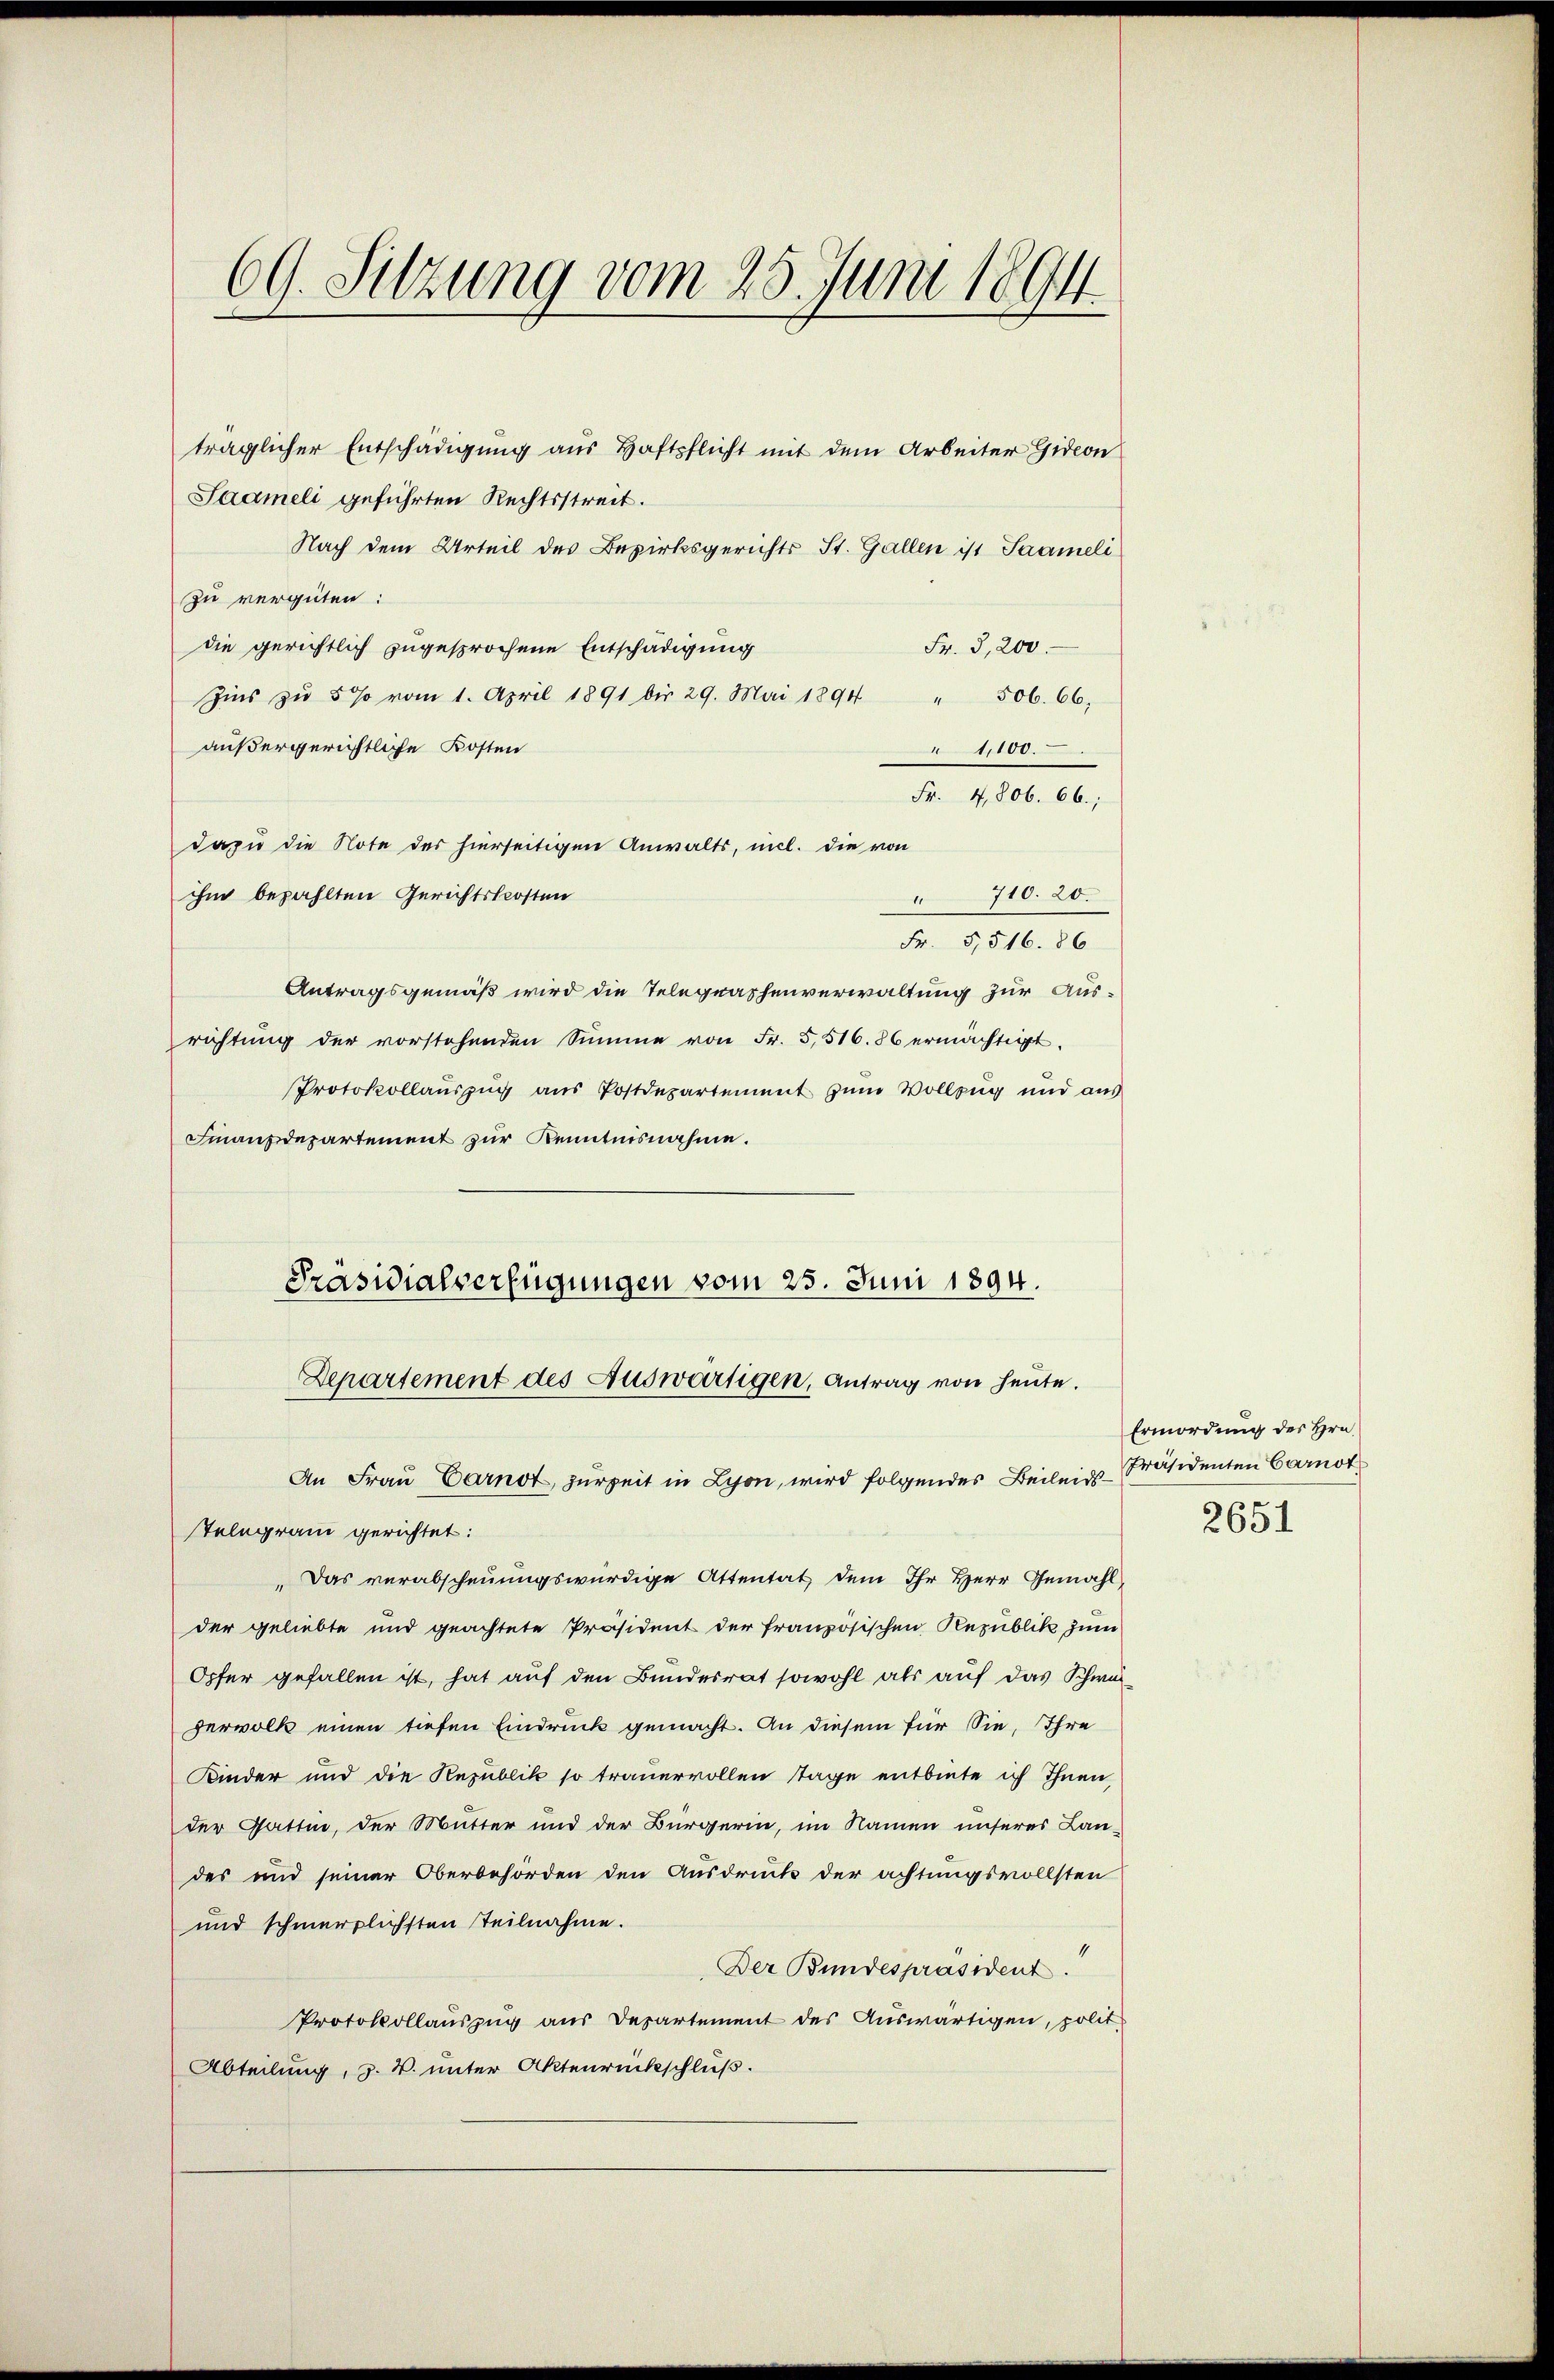
69. Sitzung vom 25. Juni 1894

träglicher Entschädigung aus Haftpflicht mit dem Arbeiter Gideon
Saameli geführten Rechtsstreit.
Nach dem Urteil des Bezirksgerichts St. Gallen ist Saameli
zu vergüten:
die gerichtlich zugesprochene Entschädigung
Zins zŭ 5% vom 1. April 1891 bis 29. Mai 1894 " 506. 66,
außergerichtliche Kosten
Fr. 4.806. 66.;
dazu die Note der hierseitigen Anwalts, nicl. die von
ihm bezahlten Gerichtskosten
710. 20.
Fr. 5,516. 86
Antragsgemäß wird die Telegrashenverwaltung zur Ausrichtŭng der vorstehenden Summe von Fr. 5, 516. 86 ermächtigt.
Protokollauszug aus Postdepartement zum Vollzug und aus
Finanzdepartement zur Kenntnisnahme.
Präsidialverfügungen vom 25. Juni 1894.
Departement des Auswärtigen, Antrag von heute.
An Frau Carnot, zur Zeit in Lyon, wird folgendes Beileids-Präsidenten Carnot
Telegram gerichtet:
Das verabscheuungswürdige Attentat dem Ihr Herr Gemahl,
der geliebte und geachtete Präsident der französischen Republik zum
Opfer gefallen ist, hat auf den Bundesrat sowohl als auf das Schwei¬
Hervolk einen tiefen Eindruck gemacht. An diesem für Sie, Ihre
Kinder und die Republik so trauervollen Tage entbiete ich Ihnen,
der Gattin, der Mutter und der Bürgerin, im Namen unseres Lan-
des und seiner Oberbehörden den Ausdruck der achtungsvollsten
und schmerzlichsten Teilnahme.
4
Der Bundespräsident.
Protokollauszug aus Departement des Auswärtigen, polit.
Abteilung, z. B. unter Aktenrückschluß.

Fr. 3,200.
1,100.

Ermordung des Hrn.
2651